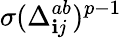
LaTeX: \sigma(\Delta_{\mathbf{i}j}^{ab})^{p-1}